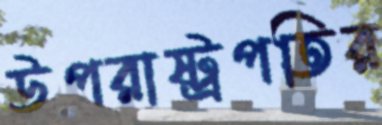
উপরাষ্ট্রপতির